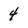
Character: 4